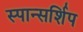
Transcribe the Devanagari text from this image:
स्पान्सर्शिप